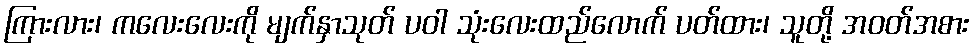
ကြားလား၊ ကလေးလေးကို မျက်နှာသုတ် ပဝါ သုံးလေးထည်လောက် ပတ်ထား၊ သူတို့ အဝတ်အစား